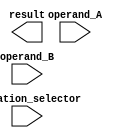
module single_precision_fpu (
    input wire [31:0] operand_A,
    input wire [31:0] operand_B,
    input wire [2:0] operation_selector,
    output wire [31:0] result
);

// Add your Verilog code here for single precision floating point unit

endmodule